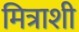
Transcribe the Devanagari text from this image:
मित्राशी